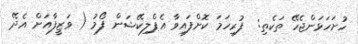
ހުށަހަޅަންޖެހޭ ތަކެތި:  ފުރިހަމަ ކޮށްފައިވާ އެޕްލިކޭޝަން ފޯމު ( ވަޒީފާއަށް އެދޭ